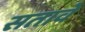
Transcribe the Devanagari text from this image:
सतावे